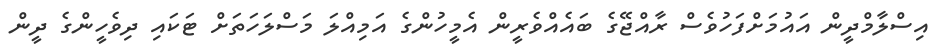
އިސްލާމްދީން އައުމަށްފަހުވެސް ރާއްޖޭގެ ބައެއްވެރީން އެމީހުންގެ އަމިއްލަ މަސްލަހަތަށް ޓަކައި ދިވެހީންގެ ދީން